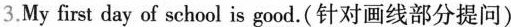
3.My first day of school is \underline{good}.(针对画线部分提问)